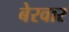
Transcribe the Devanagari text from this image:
बेरवार